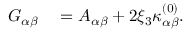
\begin{array} { r l } { { G } _ { \alpha \beta } } & { { } = { A } _ { \alpha \beta } + 2 \xi _ { 3 } { \kappa } _ { \alpha \beta } ^ { ( 0 ) } . } \end{array}